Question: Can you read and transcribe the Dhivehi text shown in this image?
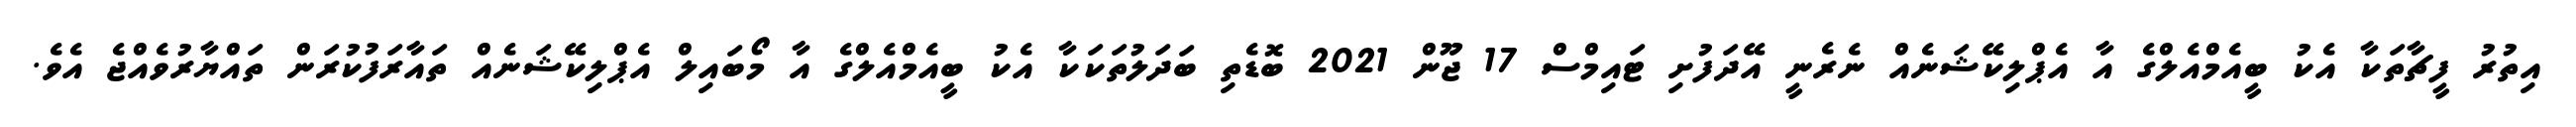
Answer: އިތުރު ފީޗާތަކާ އެކު ބީއެމްއެލްގެ އާ އެޕްލިކޭޝަނެއް ނެރެނީ އޭދަފުށި ޓައިމްސް 17 ޖޫން 2021 ބޮޑެތި ބަދަލުތަކަކާ އެކު ބީއެމްއެލްގެ އާ މޯބައިލް އެޕްލިކޭޝަނެއް ތައާރަފުކުރަން ތައްޔާރުވެއްޖެ އެވެ.